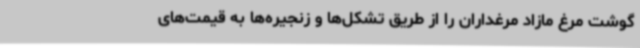
گوشت مرغ مازاد مرغداران را از طریق تشکل‌ها و زنجیره‌ها به قیمت‌های